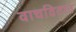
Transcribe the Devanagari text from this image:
वाचवितात